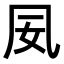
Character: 𫥟